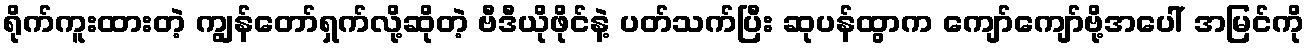
ရိုက်ကူးထားတဲ့ ကျွန်တော်ရှက်လို့ဆိုတဲ့ ဗီဒီယိုဖိုင်နဲ့ ပတ်သက်ပြီး ဆုပန်ထွာက ကျော်ကျော်ဗို့အပေါ် အမြင်ကို